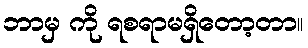
ဘာမှ ကို ရစရာမရှိတော့တာ။